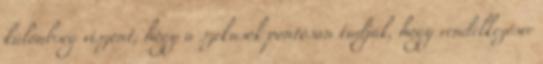
különbség viszont, hogy a szekusok pontosan tudják, hogy rendelkezésre